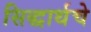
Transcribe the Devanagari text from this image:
सिद्धार्थचे